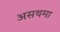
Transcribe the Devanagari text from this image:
असथमा